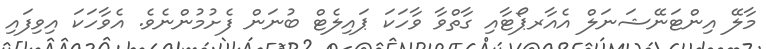
މާލޭ އިންޓަނޭޝަނަލް އެއާރޕޯޓާއި ގާތްވާ ވާހަކަ ޕައިލެޓް ބުނަން ފެށުމުންނެވެ. އެވާހަކަ އިވިފައި